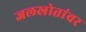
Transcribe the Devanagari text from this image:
जलस्रोतांवर